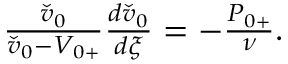
\begin{array} { r } { \frac { \check { v } _ { 0 } } { \check { v } _ { 0 } - { V } _ { 0 + } } \frac { d \check { v } _ { 0 } } { d \xi } = - \frac { { P } _ { 0 + } } { \nu } . } \end{array}